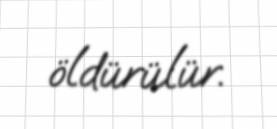
öldürülür.